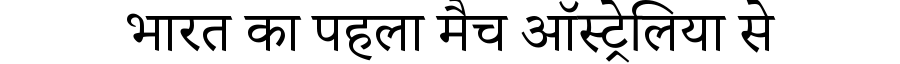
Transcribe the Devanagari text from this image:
भारत का पहला मैच ऑस्ट्रेलिया से